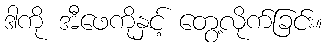
ဒါကို အီဖေကိုနှင့် တွေ့လိုက်ခြင်း။